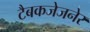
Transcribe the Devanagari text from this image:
टैबकजेजनेर